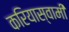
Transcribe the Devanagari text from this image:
करियास्वामी